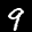
Label: 9